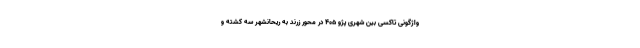
واژگونی تاکسی بین شهری پژو ۴۰۵ در محور زرند به ریحانشهر سه کشته و